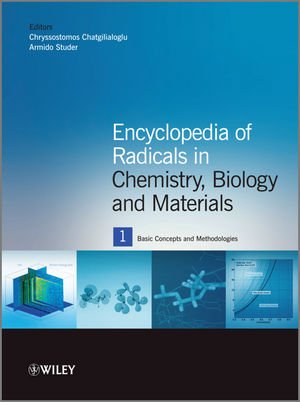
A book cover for Encyclopedia of Radicals in Chemistry, Biology and Materials; Science & Math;